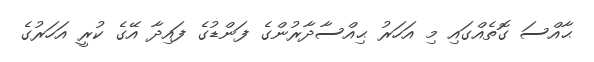
ޙާއްސަ ގޮތެއްގައި މި އަހަރު ޙިއްސާދާރުންގެ ފަންޑުގެ ފައިދާ އޭގެ ކުރީ އަހަރުގެ